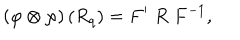
\left( \varphi \otimes \varphi \right) \left( R _ { q } \right) = F ^ { \prime } \; R \; F ^ { - 1 } ,